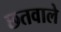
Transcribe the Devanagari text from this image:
छतवाले